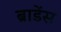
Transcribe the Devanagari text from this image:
ब्राडेंस